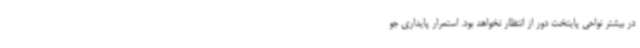
در بیشتر نواحی پایتخت دور از انتظار نخواهد بود. استمرار پایداری جو